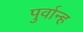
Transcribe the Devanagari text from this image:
पुर्वान्ह